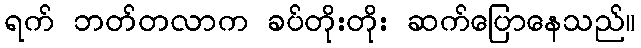
ရက် ဘတ်တလာက ခပ်တိုးတိုး ဆက်ပြောနေသည်။